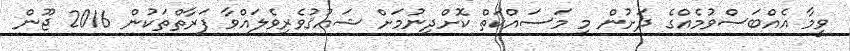
ވީމާ އެއްބަސްވުމެއްގެ ދަށުން މި މަސައްކަތް ކޮށްދިނުމަށް ޝައުޤުވެރިވެލައްވާ ފަރާތްތަކުން 2016 ޖޫން